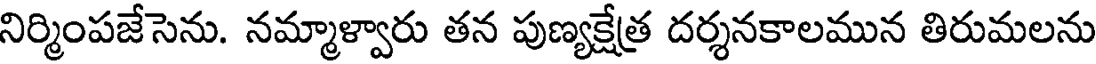
నిర్మింపజేసెను. నమ్మాళ్వారు తన పుణ్యక్షేత్ర దర్శనకాలమున తిరుమలను